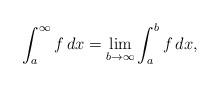
LaTeX: \begin{align*}\int_a^\infty f\,dx = \lim_{b\rightarrow \infty} \int_a^b f\,dx,\end{align*}